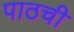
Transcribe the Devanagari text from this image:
पाठची